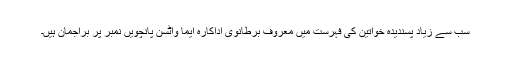
سب سے زیاد پسندیدہ خواتین کی فہرست میں معروف برطانوی اداکارہ ایما واٹسن پانچویں نمبر پر براجمان ہیں۔